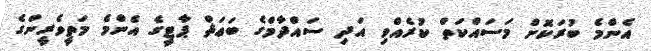
އެންމެ ބުރަކޮށް މަސައްކަތް ކުރެއްވި އަދި ސައްދާމްގެ ބަޢަޘް ޕާޓީގެ އެންމެ މަތީވެރީންގެ